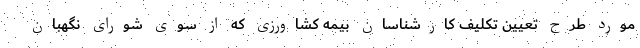
مورد طرح تعیین تکلیف کارشناسان بیمه کشاورزی که از سوی شورای نگهبان